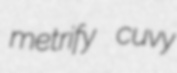
metrify cuvy